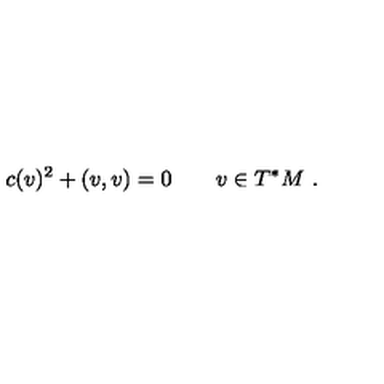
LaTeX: c ( v ) ^ { 2 } + ( v , v ) = 0 \qquad v \in T ^ { * } M \ .